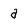
Character: a